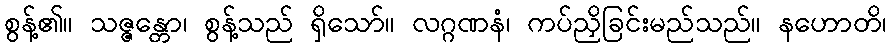
စွန့်၏။ သဇ္ဇန္တော၊ စွန့်သည် ရှိသော်။ လဂ္ဂဏနံ၊ ကပ်ညှိခြင်းမည်သည်။ နဟောတိ၊